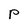
Character: P